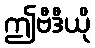
ဤဗီဒီယို